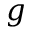
g